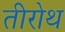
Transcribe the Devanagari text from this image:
तीरोथ